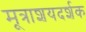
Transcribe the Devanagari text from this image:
मूत्राशयदर्शक